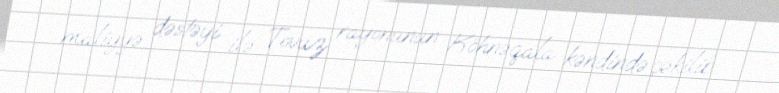
maliyyə dəstəyi ilə Tovuz rayonunun Köhnəqala kəndində çəkilib.